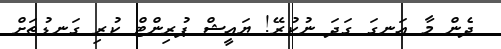
ދެން މާ އަނގަ ގަދަ ނުކުރޭ! ޔައީޝް ޕުރިންޓް ކުރި ގަނޑުތަށް